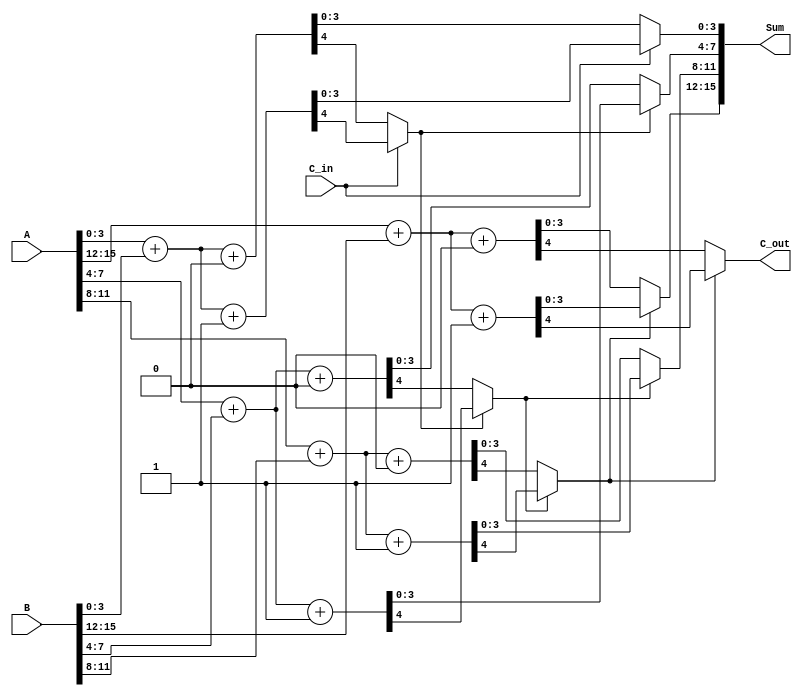
module carry_select_adder #(parameter N = 16,  // Total bit width of the adder
                            parameter K = 4)   // Segment size
(
    input  [N-1:0] A,    // First operand
    input  [N-1:0] B,    // Second operand
    input  C_in,         // Carry input
    output [N-1:0] Sum,  // Sum output
    output C_out         // Carry output
);

    localparam NUM_SEGMENTS = N / K; // Number of segments
    wire [K-1:0] sum0 [0:NUM_SEGMENTS-1]; // Sums when C_in = 0
    wire [K-1:0] sum1 [0:NUM_SEGMENTS-1]; // Sums when C_in = 1
    wire C_out0 [0:NUM_SEGMENTS-1]; // Carry out when C_in = 0
    wire C_out1 [0:NUM_SEGMENTS-1]; // Carry out when C_in = 1
    wire carry [0:NUM_SEGMENTS-1];   // Carry select signals

    // Generate partial sums and carries for each segment
    genvar i;
    generate
        for (i = 0; i < NUM_SEGMENTS; i = i + 1) begin: segment
            wire [K-1:0] A_seg = A[(i*K)+:K];
            wire [K-1:0] B_seg = B[(i*K)+:K];

            // 4-bit Ripple Carry Adder for C_in = 0
            assign {C_out0[i], sum0[i]} = A_seg + B_seg + 1'b0; 
            // 4-bit Ripple Carry Adder for C_in = 1
            assign {C_out1[i], sum1[i]} = A_seg + B_seg + 1'b1; 
        end
    endgenerate

    // MUX for selecting the sums and carries
    wire [K-1:0] selected_sum [0:NUM_SEGMENTS-1];
    wire selected_carry;

    generate
        for (i = 0; i < NUM_SEGMENTS; i = i + 1) begin: mux
            if (i == 0) begin
                // First segment uses C_in directly
                assign selected_sum[i] = (C_in) ? sum1[i] : sum0[i];
                assign carry[i] = (C_in) ? C_out1[i] : C_out0[i];
            end else begin
                // Subsequent segments use the carry from the previous segment
                assign selected_sum[i] = (carry[i-1]) ? sum1[i] : sum0[i];
                assign carry[i] = (carry[i-1]) ? C_out1[i] : C_out0[i];
            end
        end
    endgenerate

    // Concatenating the final sum
    assign Sum = {selected_sum[NUM_SEGMENTS-1], selected_sum[NUM_SEGMENTS-2], 
                  selected_sum[NUM_SEGMENTS-3], selected_sum[NUM_SEGMENTS-4]};
    
    // Final carry out
    assign C_out = carry[NUM_SEGMENTS-1];

endmodule